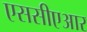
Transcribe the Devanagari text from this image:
एससीएआर